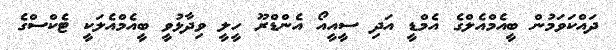
ދައްކަވަމުން ބީއެމްއެލްގެ އެމްޑީ އަދި ސީއީއޯ އެންޑްރޫ ހީލީ ވިދާޅުވީ ބީއެމްއެލަކީ ޓެކްސްގެ